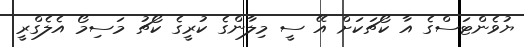
ޔުވެންޓަސްގެ އާ ކޯޗަކަށް އޭ ސީ މިލާންގެ ކުރީގެ ކޯޗު މަސިމޯ އެލެގްރީ